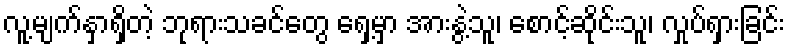
လူ့မျက်နှာရှိတဲ့ ဘုရားသခင်တွေ ရှေ့မှာ အားနွဲ့သူ၊ စောင့်ဆိုင်းသူ၊ လှုပ်ရှားခြင်း